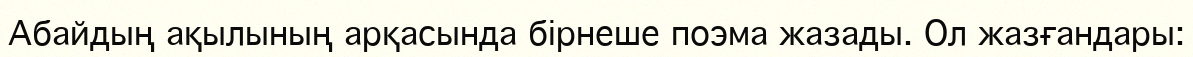
Абайдың ақылының арқасында бірнеше поэма жазады. Ол жазғандары: